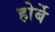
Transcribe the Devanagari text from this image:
होर्बे